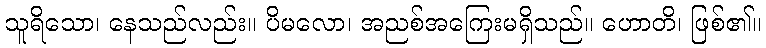
သူရိသော၊ နေသည်လည်း။ ပိမလော၊ အညစ်အကြေးမရှိသည်။ ဟောတိ၊ ဖြစ်၏။